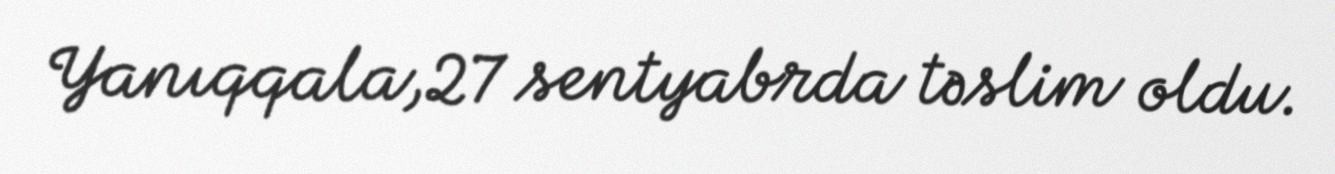
Yanıqqala,27 sentyabrda təslim oldu.